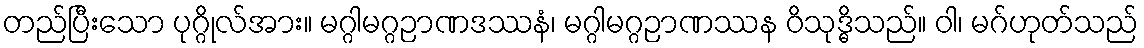
တည်ပြီးသော ပုဂ္ဂိုလ်အား။ မဂ္ဂါမဂ္ဂဉာဏဒဿနံ၊ မဂ္ဂါမဂ္ဂဉာဏဿန ဝိသုဒ္ဓိသည်။ ဝါ၊ မဂ်ဟုတ်သည်